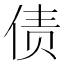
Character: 债